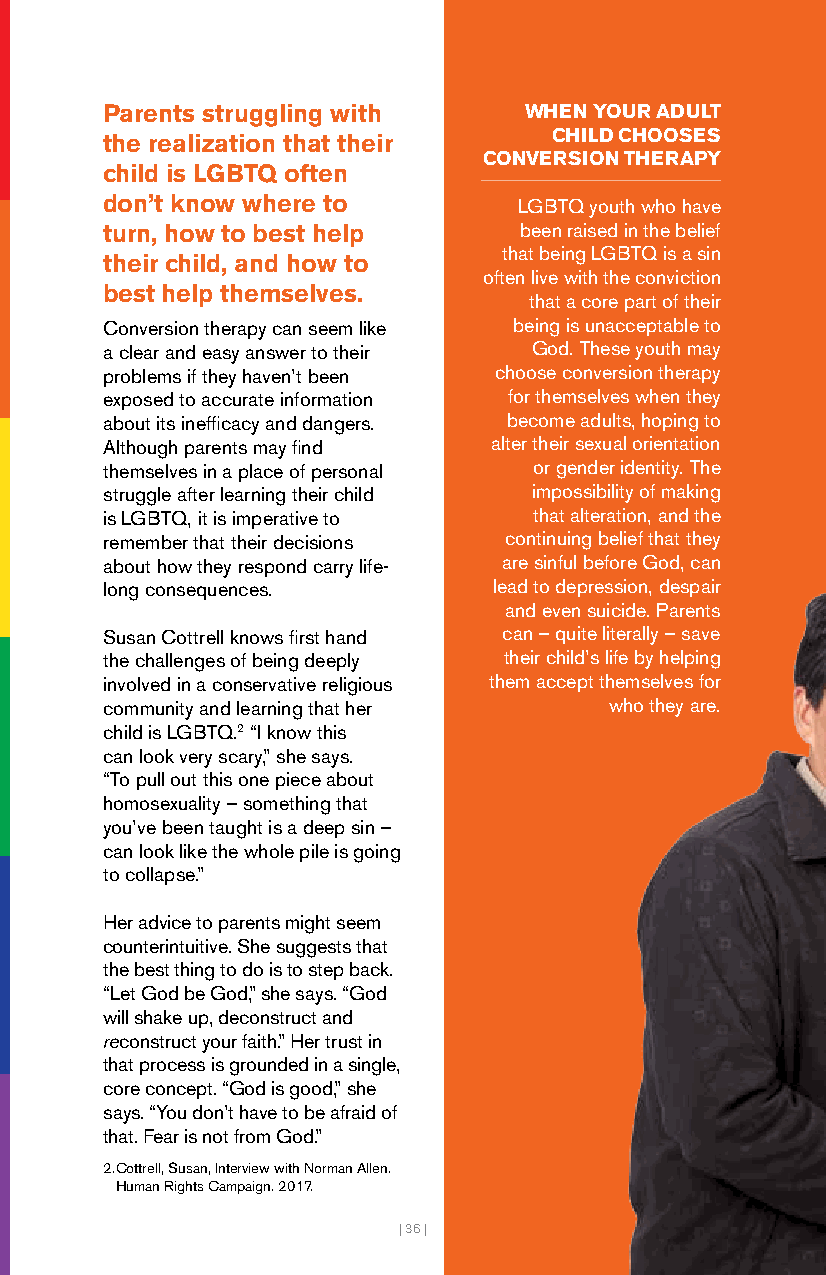
Parents struggling with     WHEN YOUR ADULT
 the realization that their   CHILD CHOOSES
 CONVERSION THERAPY
 child is LGBTQ often
 don’t know where to        LGBTQ youth who have
 turn, how to best help     been raised in the belief
 that being LGBTQ is a sin
 their child, and how to
 often live with the conviction
 best help themselves.
 that a core part of their
 Conversion therapy can seem like being is unacceptable to
 a clear and easy answer to their God. These youth may
 problems if they haven’t been choose conversion therapy
 exposed to accurate information for themselves when they
 about its inefficacy and dangers. become adults, hoping to
 Although parents may find alter their sexual orientation
 themselves in a place of personal or gender identity. The
 struggle after learning their child impossibility of making
 is LGBTQ, it is imperative to that alteration, and the
 remember that their decisions continuing belief that they
 about how they respond carry life- are sinful before God, can
 long consequences.        lead to depression, despair
 and even suicide. Parents
 Susan Cottrell knows first hand can – quite literally – save
 the challenges of being deeply their child’s life by helping
 involved in a conservative religious them accept themselves for
 community and learning that her  who they are.
 child is LGBTQ.2 “I know this
 can look very scary,” she says.
 “To pull out this one piece about
 homosexuality – something that
 you’ve been taught is a deep sin –
 can look like the whole pile is going
 to collapse.”
 Her advice to parents might seem
 counterintuitive. She suggests that
 the best thing to do is to step back.
 “Let God be God,” she says. “God
 will shake up, deconstruct and
 reconstruct your faith.” Her trust in
 that process is grounded in a single,
 core concept. “God is good,” she
 says. “You don’t have to be afraid of
 that. Fear is not from God.”
 2. Cottrell, Susan, Interview with Norman Allen.
 Human Rights Campaign. 2017.
 | 36 |